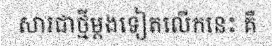
សារជាថ្មីម្តងទៀតលើកនេះ គឺ